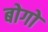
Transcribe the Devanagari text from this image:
बोगो